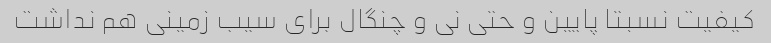
کیفیت نسبتا پایین و حتی نی و چنگال برای سیب زمینی هم نداشت